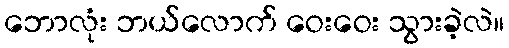
ဘောလုံး ဘယ်လောက် ဝေးဝေး သွားခဲ့လဲ။